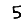
Digit: 5